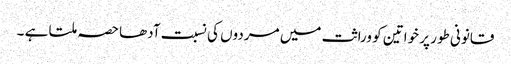
قانونی طور پر خواتین کو وراثت میں مردوں کی نسبت آدھا حصہ ملتا ہے ۔